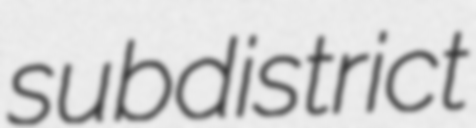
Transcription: subdistrict